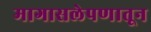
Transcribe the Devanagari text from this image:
मागासलेपणातून